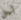
أجل